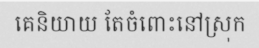
គេនិយាយ តែចំពោះនៅស្រុក